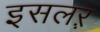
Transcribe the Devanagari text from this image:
इसलऱ़